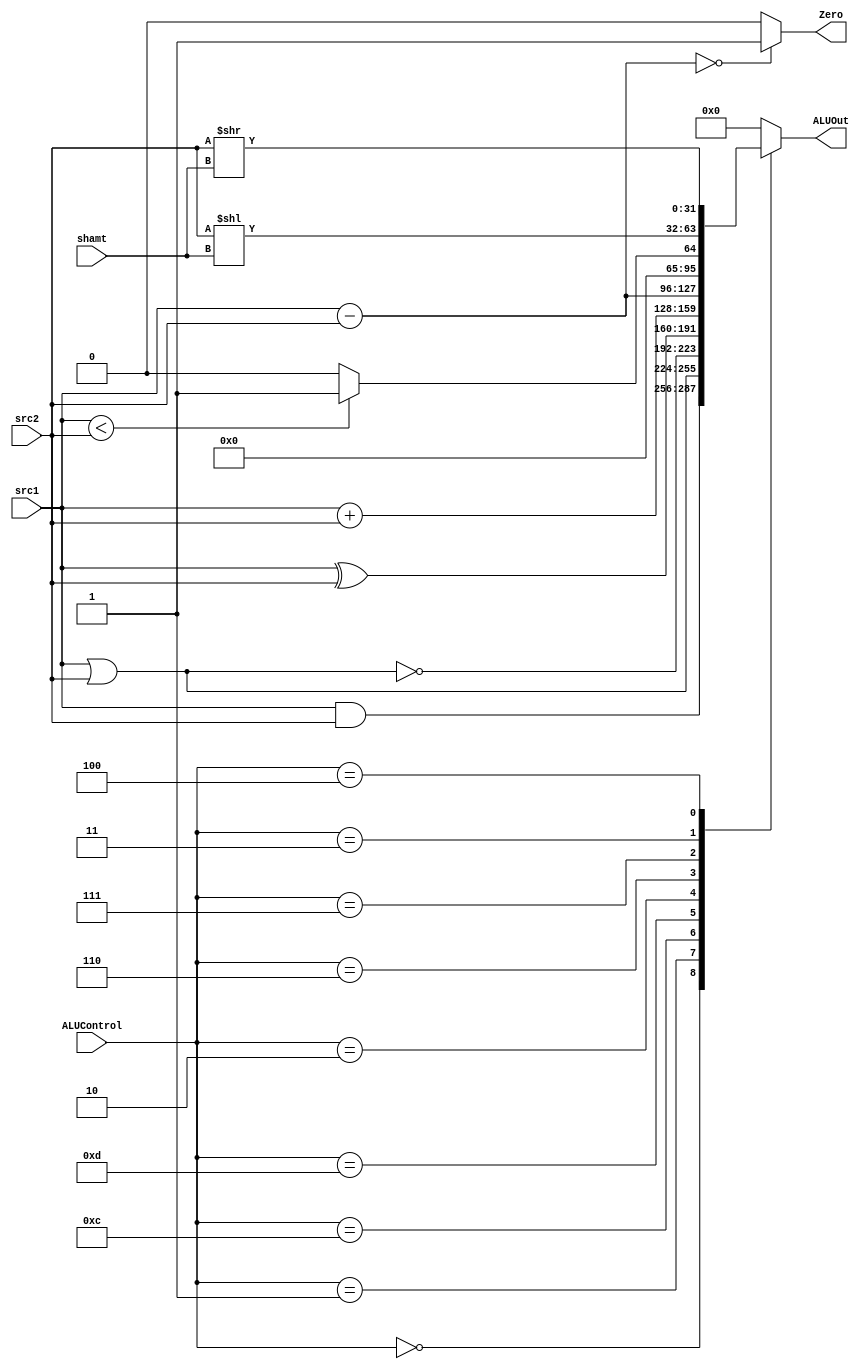
// ALU

module ALU ( ALUControl,
			 src1,
			 src2,
			 shamt,
			 ALUOut,
			 Zero);
	
	parameter bit_size = 32;
	
	input [3:0] ALUControl;
	input [bit_size-1:0] src1;
	input [bit_size-1:0] src2;
	input [4:0] shamt;
	
	output [bit_size-1:0] ALUOut;
	output Zero;
	
	   reg [bit_size-1:0] ALUOut;
	   reg Zero;
			
 parameter AND = 4'b0000 ; //  0
 parameter  OR = 4'b0001 ; //  1
 parameter NOR = 4'b1100 ; //  12
 parameter XOR = 4'b1101 ; //  13
 parameter ADD = 4'b0010 ; //  2
 parameter SUB = 4'b0110 ; //  6
 parameter SLT = 4'b0111 ; //  7 
 parameter SLL = 4'b0011 ; //  3 
 parameter SRL = 4'b0100 ; //  4
 
	
	always @ (*) begin
     case (ALUControl)
         AND: ALUOut = src1 & src2;
          OR: ALUOut = src1 | src2;
		 NOR: ALUOut = ~(src1 | src2); 
         XOR: ALUOut = src1 ^ src2; 
		 ADD: ALUOut = src1 + src2;
         SUB: ALUOut = src1 - src2;
         SLT: ALUOut = (src1 < src2) ? 32'd1 : 32'd0;  //becareful 32'd1 is decimal      
         SLL: ALUOut = src2 << shamt;
         SRL: ALUOut = src2 >> shamt; 	
		default: ALUOut = 32'd0 ;
      endcase	         
	  Zero = ( (src1 - src2) == 0 ) ? 1 : 0; // Eq=1;Neq=0
    end	
	

endmodule